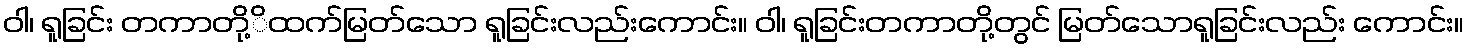
ဝါ၊ ရူခြင်း တကာတို့ိထက်မြတ်သော ရူခြင်းလည်းကောင်း။ ဝါ၊ ရူခြင်းတကာတို့တွင် မြတ်သောရူခြင်းလည်း ကောင်း။